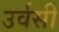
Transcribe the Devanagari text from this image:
उर्वसी